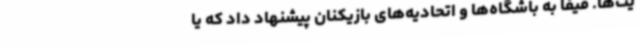
یت‌ها. فیفا به باشگاه‌ها و اتحادیه‌های بازیکنان پیشنهاد داد که یا